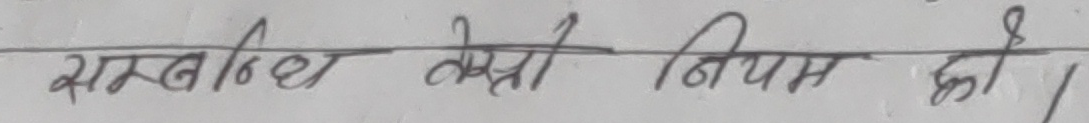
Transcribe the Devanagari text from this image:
सम्बन्ध वेसी नियम हो ।